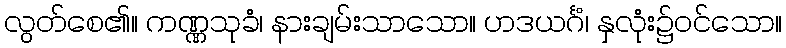
လွတ်စေ၏။ ကဏ္ဏသုခံ၊ နားချမ်းသာသော။ ဟဒယင်္ဂံ၊ နှလုံး၌ဝင်သော။